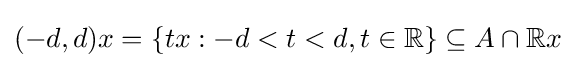
(-d,d)x=\{tx:-d<t<d,t\in \mathbb {R} \}\subseteq A\cap \mathbb {R} x